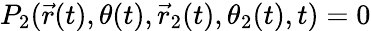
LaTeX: P_{2}(\vec{r}(t),\theta(t),\vec{r}_{2}(t),\theta_{2}(t),t)=0